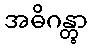
အဓိဂန္တွာ